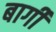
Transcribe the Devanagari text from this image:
बार्गी